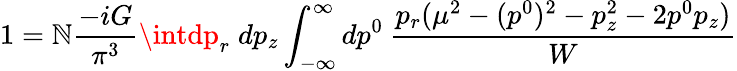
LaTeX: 1=\mathbb{N}\frac{{-iG}}{{\pi^{3}}}\intdp_{r}\; dp_{z}\int_{-\infty}^{\infty}dp^{0}\: \frac{{p_{r}(\mu^{2}-(p^{0})^{2}-p_{z}^{2}-2p^{0}p_{z})}}{{W}}